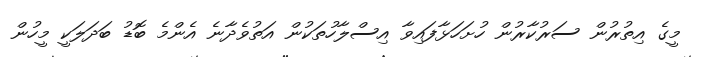
މީގެ އިތުރުން ސަރުކާރުން ހުށަހަޅާފައިވާ އިސްލާހުތަކުން އަތުވެދާނެ އެންމެ ބޮޑު ބަދަލަކީ މީހުން